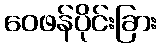
ဝေဖန်ပိုင်းခြား